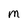
Character: M